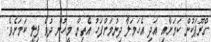
ގްރޫޕަކުން ކަމަށާއި އަދި އެހަމަލާ ދިނުމަށްފަހު އެތިން މީހުން ދުވެ ފިލީ ކަމަށެވެ.